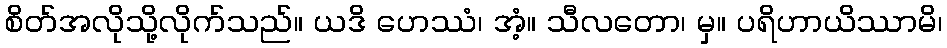
စိတ်အလိုသို့လိုက်သည်။ ယဒိ ဟေဿံ၊ အံ့။ သီလတော၊ မှ။ ပရိဟာယိဿာမိ၊